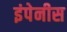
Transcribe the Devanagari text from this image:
इंपेनीस